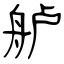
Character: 舻